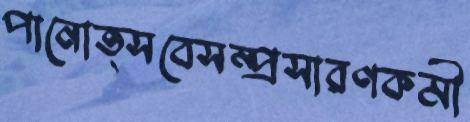
পানোত্সবেসম্প্রসারণকর্মী